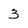
Character: 3